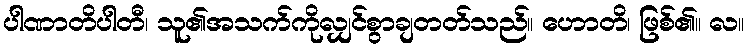
ပါဏာတိပါတီ၊ သူ၏အသက်ကိုလျှင်စွာချတတ်သည်။ ဟောတိ၊ ဖြစ်၏။ လ။